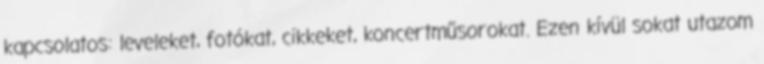
kapcsolatos: leveleket, fotókat, cikkeket, koncertműsorokat. Ezen kívül sokat utazom